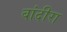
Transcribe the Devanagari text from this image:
बांदीरा